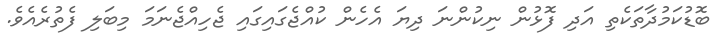
ބޮޑުކަމުދާތަކެތި އަދި ފޮޅުން ނިކުންނަ ދިޔަ އެހެން ކުއްޖެގައިގައި ޖެހިއްޖެނަމަ މިބަލި ފެތުރެއެވެ.